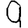
Digit: 9